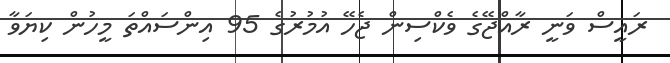
ރައީސް ވަނީ ރާއްޖޭގެ ވެކްސިން ޖެހޭ އުމުރުގެ 95 އިންސައްތަ މީހުން ކިޔަވާ